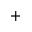
+